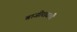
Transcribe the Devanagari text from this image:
बाजीरावची